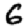
Digit: 6